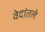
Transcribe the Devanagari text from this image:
वेदांतले